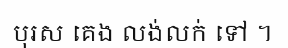
បុរស គេង លង់លក់ ទៅ ។